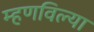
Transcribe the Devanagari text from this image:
म्हणविल्या